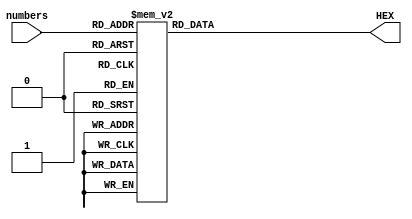
/** 7-Segment Converter
 * 
 * Input: numbers
 * Output: HEX
 * 
 * Dependence: none
 * 
 * Function: convert from decimal to 7-Segment for display Minutes Manager
 * 
 * Description Input, Output:
 * 
 * - numbers: the numbers in decimal
 * - HEX: the result for 7-segment
 */
module HexDisp(numbers, HEX);
	input [3:0] numbers;
	output reg [6:0] HEX;
	
	always @(numbers) begin
		case(numbers)
			4'b0000: HEX = 7'b100_0000; // 0
			4'b0001: HEX = 7'b111_1001; // 1
			4'b0010: HEX = 7'b010_0100; // 2
			4'b0011: HEX = 7'b011_0000; // 3
			4'b0100: HEX = 7'b001_1001; // 4
			4'b0101: HEX = 7'b001_0010; // 5
			4'b0110: HEX = 7'b000_0010; // 6
			4'b0111: HEX = 7'b111_1000; // 7
			4'b1000: HEX = 7'b000_0000; // 8
			4'b1001: HEX = 7'b001_0000; // 9
			4'b1010: HEX = 7'b000_1000; // A
			4'b1011: HEX = 7'b000_1100; // P
			4'b1100: HEX = 7'b011_1001; // space ~ -/
			4'b1101: HEX = 7'b000_1111; // + ~ /-
			4'b1110: HEX = 7'b011_1111; // -
			default: HEX = 7'b111_1111; // blank
		endcase
	end
	
endmodule